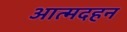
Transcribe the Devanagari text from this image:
आत्मदहन